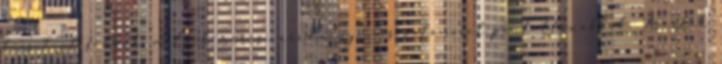
kicsit olcsóbbak, melyek mérési eredményei is valamivel pontatlanabbak. Árérték